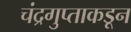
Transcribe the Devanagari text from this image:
चंद्रगुप्ताकडून